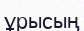
ұрысың